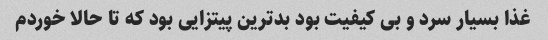
غذا بسیار سرد و بی کیفیت بود بدترین پیتزایی بود که تا حالا خوردم